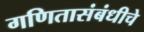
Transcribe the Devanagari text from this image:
गणितासंबंधीचे